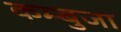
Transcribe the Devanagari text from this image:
कम्बुजा